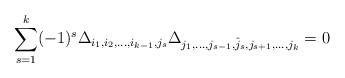
LaTeX: \begin{align*}\sum_{s=1}^k (-1)^s\Delta_{i_1,i_2,\ldots,i_{k-1},j_s}\Delta_{j_1,\ldots,j_{s-1},\hat j_s,j_{s+1},\ldots,j_k} = 0\end{align*}